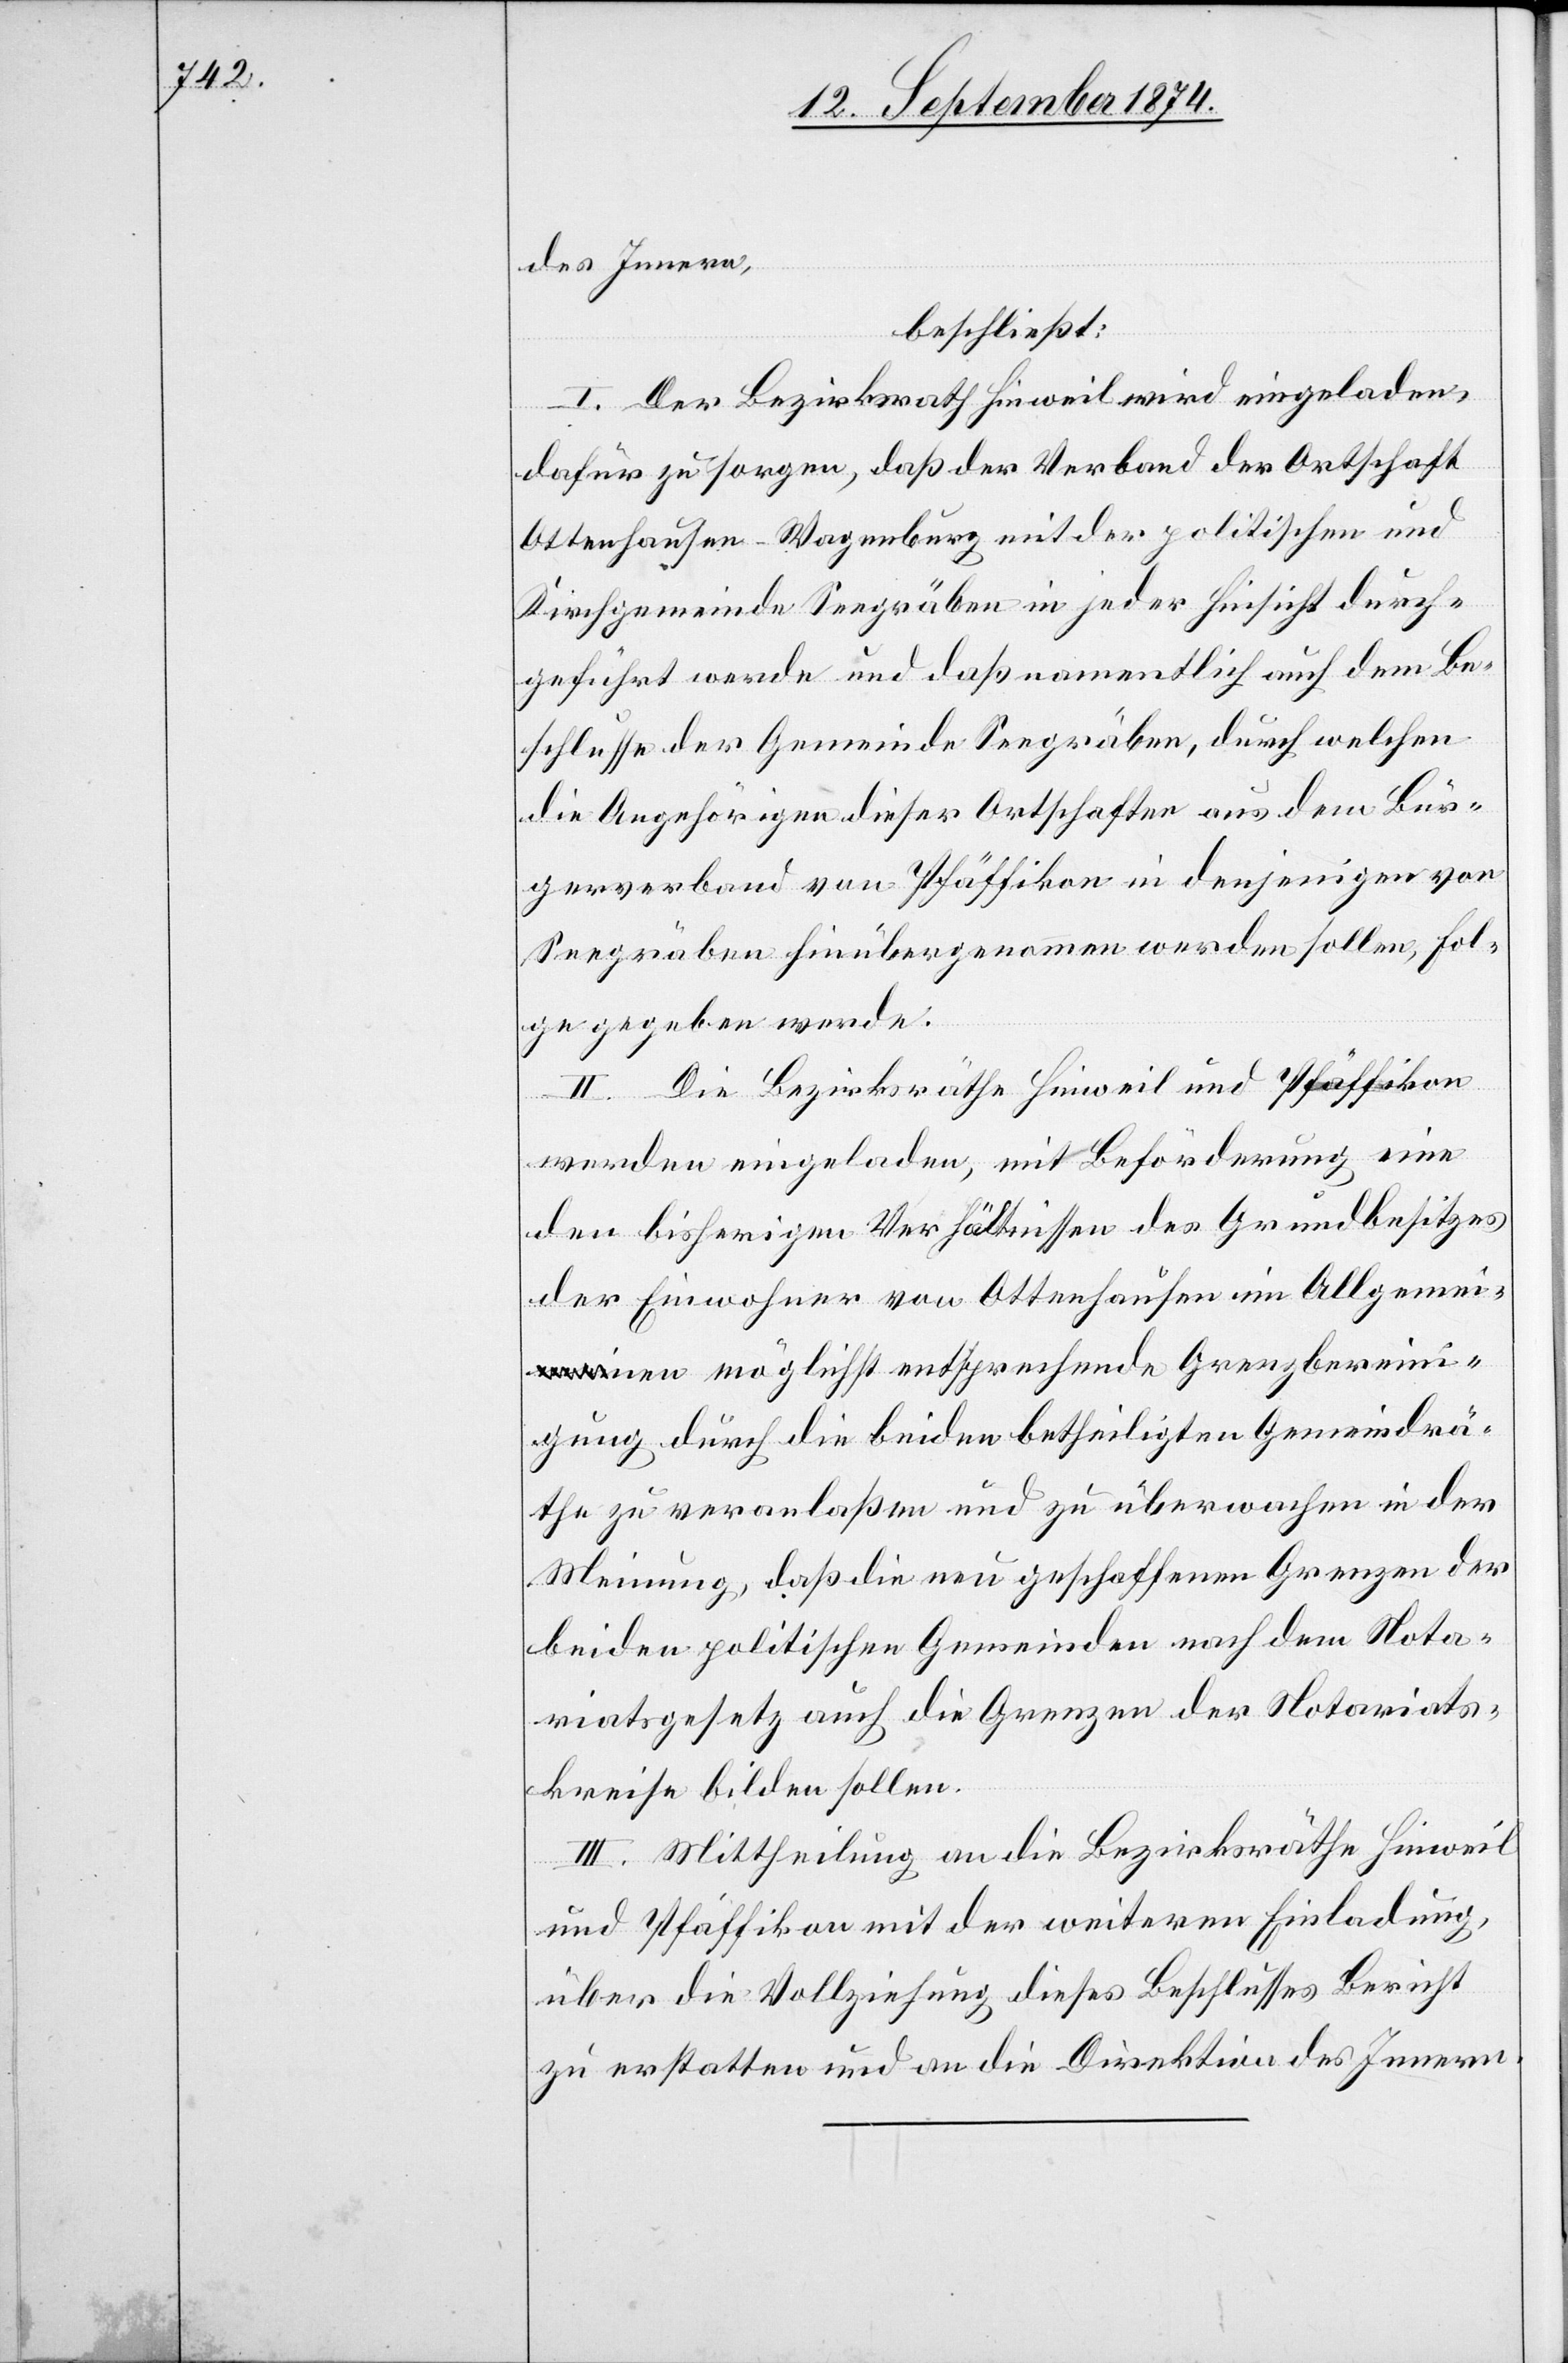
des Innern,
beschließt:
I. Der Bezirksrath Hinweil wird eingeladen,
dafür zu sorgen, daß der Verband der Ortschaft
Ottenhausen-Wagenburg mit der politischen und
Kirchgemeinde Seegräben in jeder Hinsicht durch¬
geführt werde und daß namentlich auch dem Be¬
schlusse der Gemeinde Seegräben, durch welchen
die Angehörigen dieser Ortschaften aus dem Bür¬
gerverband von Pfäffikon in denjenigen von
Seegräben hinübergenommen werden sollen, Fol¬
ge gegeben werde.
II. Die Bezirksräthe Hinweil und Pfäffikon
werden eingeladen, mit Beförderung eine
den bisherigen Verhältnissen des Grundbesitzes
der Einwohner von Ottenhausen im Allgemei¬
nen möglichst entsprechende Grenzberein¬
igung durch die beiden betheiligten Gemeindrä¬
the zu veranlaßen und zu überwachen in der
Meinung, daß die neu geschaffenen Grenzen der
beiden politischen Gemeinden nach dem Nota¬
riatsgesetz auch die Grenzen der Notariats¬
kreise bilden sollen.
III. Mittheilung an die Bezirksräthe Hinweil
und Pfäffikon mit der weitern Einladung,
über die Vollziehung dieses Beschlusses Bericht
zu erstatten und an die Direktion des Innern.